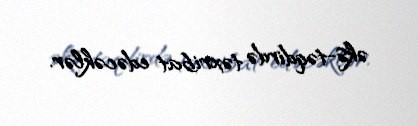
əks-təqdirdə təxribat edəcəklər.